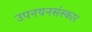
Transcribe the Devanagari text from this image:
उपनयनसंस्कार